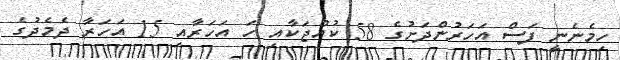
ހިމެނެނީ ފަސް އަހަރުންދަށުގެ 58 ކުއްޖަކާއި ހަ އަހަރާއި 15 އަހަރާ ދެމެދުގެ